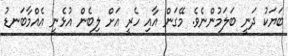
ބަޔަކު ދަނީ ބަލަމުންނެވެ. މޭގަން އާއި ހެރީ އަށް ލިބެން އުޅެނީ އެއްމާބަނޑު